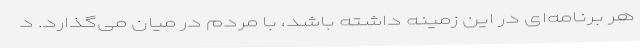
هر برنامه‌ای در این زمینه داشته باشد، با مردم در میان می‌گذارد. د